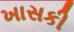
ખાસકી